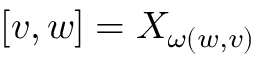
[ v , w ] = X _ { \omega ( w , v ) }